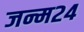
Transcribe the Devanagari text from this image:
जन्म२४